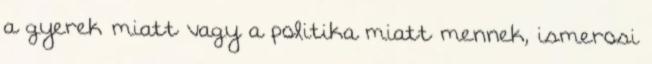
a gyerek miatt vagy a politika miatt mennek, ismerosi